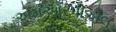
એમઆરપીએલ